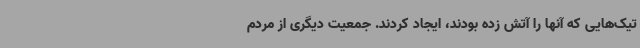
تیک‌هایی که آنها را آتش زده بودند، ایجاد کردند. جمعیت دیگری از مردم